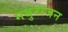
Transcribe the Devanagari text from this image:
मथुराजन